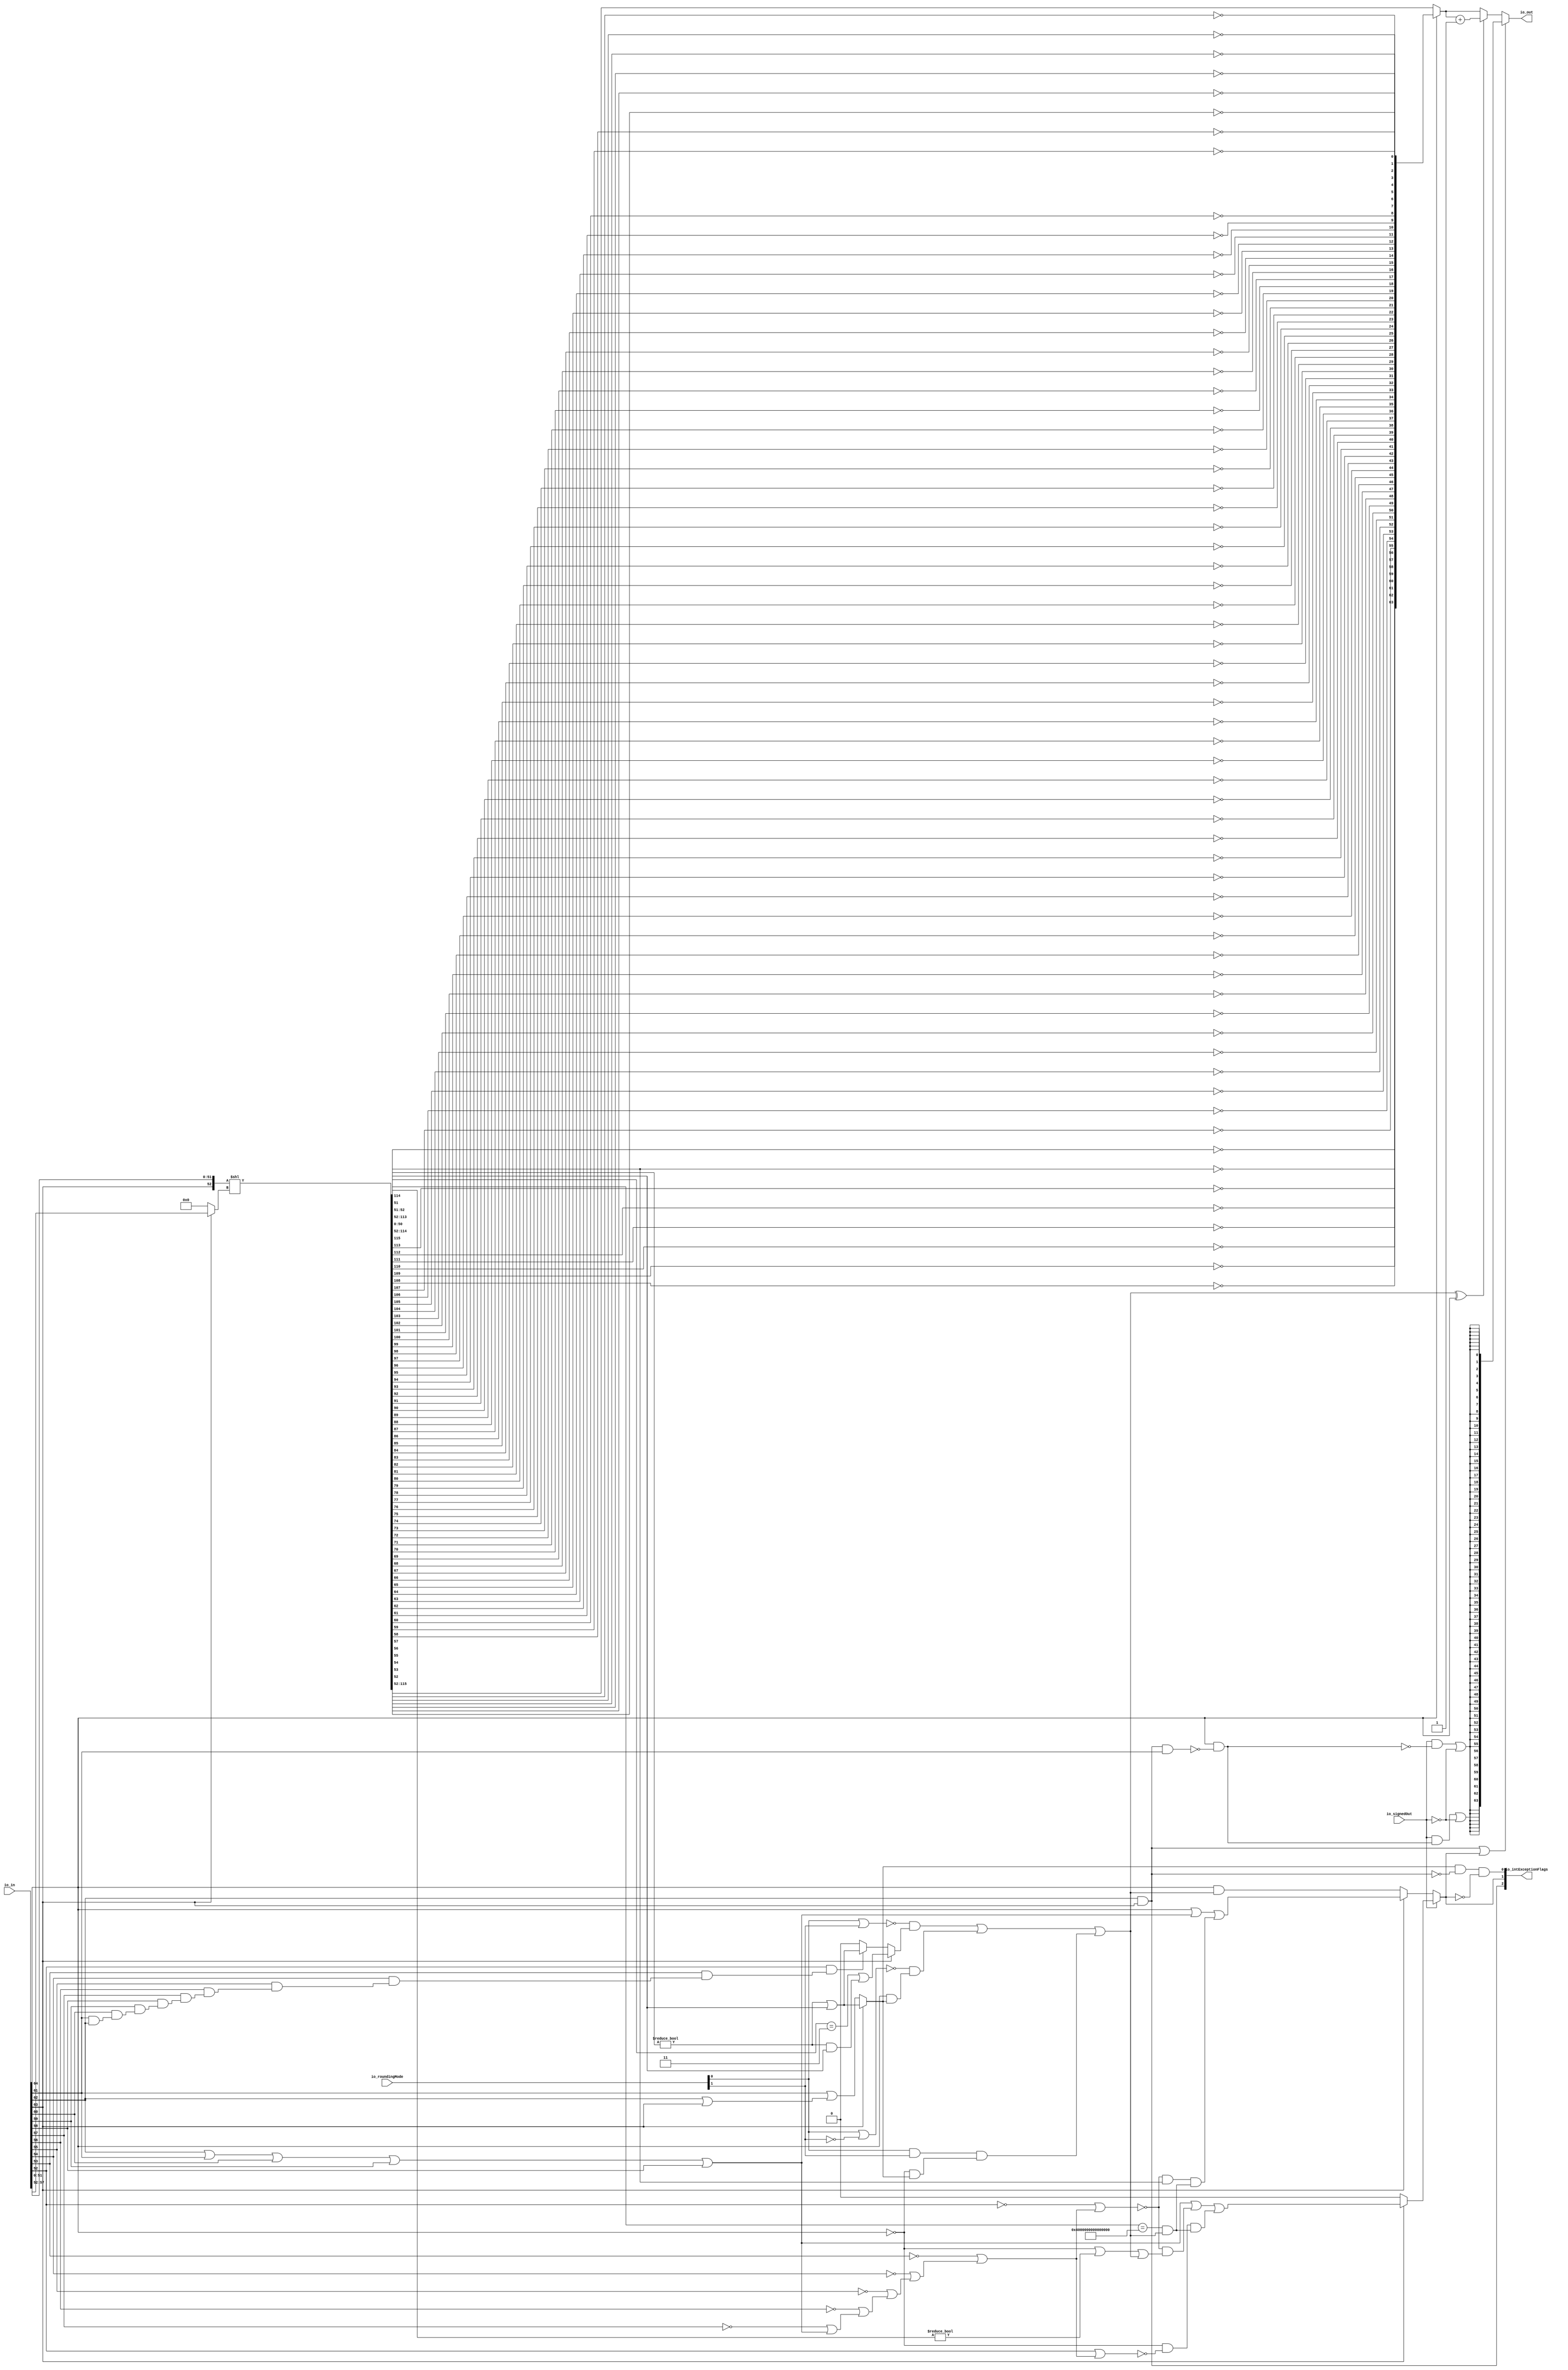
module RecFNToIN_0
(
  io_in,
  io_roundingMode,
  io_signedOut,
  io_out,
  io_intExceptionFlags
);

  input [64:0] io_in;
  input [1:0] io_roundingMode;
  output [63:0] io_out;
  output [2:0] io_intExceptionFlags;
  input io_signedOut;
  wire [63:0] io_out,excValue,roundedInt,T62,onesCompUnroundedInt,T61,T66;
  wire [2:0] io_intExceptionFlags;
  wire N0,N1,N2,N3,N4,N5,N6,N7,N8,N9,N10,N11,T3,T2,roundInexact,T4,T5,N12,
  overflow_signed,overflow_unsigned,T36,T15,roundIncr,T20,T16,T17,T18,T24,T21,T22,
  roundIncr_nearestEven,T30,T25,N13,T33,T43,T37,T40,roundCarryBut2,T38,T44,N14,T45,T50,T46,T47,
  T49,T58,T51,T52,T53,T56,T54,T74,N15,T63,N16,N17,T65,T68,T69,excSign,T70,isNaN,
  T73,N18,N19,N20,N21,N22,N23,N24,N25,N26,N27,N28,N29,N30,N31,N32,N33,N34,N35,N36,
  N38,N39,N40,N41,N42,N43,N44,N45,N46,N47,N48,N49,N50,N51,N52,N53,N54,N55,N56,N57,
  N58,N59,N60,N61,N62,N63,N64,N65;
  wire [0:0] T8;
  wire [50:0] T10;
  wire [115:51] shiftedSig;
  wire [5:0] T11;
  wire [63:63] T64,T72;
  wire [62:62] T75;
  assign T8[0] = T10 != 1'b0;
  assign { shiftedSig, T10 } = { 1'b0, 1'b0, 1'b0, 1'b0, 1'b0, 1'b0, 1'b0, 1'b0, 1'b0, 1'b0, 1'b0, 1'b0, 1'b0, 1'b0, 1'b0, 1'b0, 1'b0, 1'b0, 1'b0, 1'b0, 1'b0, 1'b0, 1'b0, 1'b0, 1'b0, 1'b0, 1'b0, 1'b0, 1'b0, 1'b0, 1'b0, 1'b0, 1'b0, 1'b0, 1'b0, 1'b0, 1'b0, 1'b0, 1'b0, 1'b0, 1'b0, 1'b0, 1'b0, 1'b0, 1'b0, 1'b0, 1'b0, 1'b0, 1'b0, 1'b0, 1'b0, 1'b0, 1'b0, 1'b0, 1'b0, 1'b0, 1'b0, 1'b0, 1'b0, 1'b0, 1'b0, 1'b0, 1'b0, io_in[63:63], io_in[51:0] } << T11;
  assign T33 = shiftedSig[52:51] == { 1'b1, 1'b1 };
  assign T38 = shiftedSig[113:52] == { 1'b1, 1'b1, 1'b1, 1'b1, 1'b1, 1'b1, 1'b1, 1'b1, 1'b1, 1'b1, 1'b1, 1'b1, 1'b1, 1'b1, 1'b1, 1'b1, 1'b1, 1'b1, 1'b1, 1'b1, 1'b1, 1'b1, 1'b1, 1'b1, 1'b1, 1'b1, 1'b1, 1'b1, 1'b1, 1'b1, 1'b1, 1'b1, 1'b1, 1'b1, 1'b1, 1'b1, 1'b1, 1'b1, 1'b1, 1'b1, 1'b1, 1'b1, 1'b1, 1'b1, 1'b1, 1'b1, 1'b1, 1'b1, 1'b1, 1'b1, 1'b1, 1'b1, 1'b1, 1'b1, 1'b1, 1'b1, 1'b1, 1'b1, 1'b1, 1'b1, 1'b1, 1'b1 };
  assign T54 = shiftedSig[114:52] != 1'b0;
  assign N18 = ~io_in[57];
  assign N19 = ~io_in[56];
  assign N20 = ~io_in[55];
  assign N21 = ~io_in[54];
  assign N22 = ~io_in[53];
  assign N23 = ~io_in[52];
  assign N24 = io_in[61] | io_in[62];
  assign N25 = io_in[60] | N24;
  assign N26 = io_in[59] | N25;
  assign N27 = io_in[58] | N26;
  assign N28 = N18 | N27;
  assign N29 = N19 | N28;
  assign N30 = N20 | N29;
  assign N31 = N21 | N30;
  assign N32 = N22 | N31;
  assign N33 = N23 | N32;
  assign N34 = ~N33;
  assign N35 = io_in[52] | N32;
  assign N36 = ~N35;
  assign io_intExceptionFlags[2] = io_in[62] & io_in[63];
  assign N38 = io_roundingMode[0] & io_roundingMode[1];
  assign N39 = io_roundingMode[0] | io_roundingMode[1];
  assign N40 = ~N39;
  assign N41 = ~io_roundingMode[1];
  assign N42 = io_roundingMode[0] | N41;
  assign N43 = ~N42;
  assign N44 = T8[0] & shiftedSig[51];
  assign N45 = T8[0] | shiftedSig[51];
  assign N46 = T8[0] | shiftedSig[51];
  assign N47 = io_in[62] | io_in[63];
  assign N48 = io_in[61] | N47;
  assign N49 = ~N48;
  assign N50 = io_in[61] & io_in[62];
  assign N51 = io_in[60] & N50;
  assign N52 = io_in[59] & N51;
  assign N53 = io_in[58] & N52;
  assign N54 = io_in[57] & N53;
  assign N55 = io_in[56] & N54;
  assign N56 = io_in[55] & N55;
  assign N57 = io_in[54] & N56;
  assign N58 = io_in[53] & N57;
  assign N59 = io_in[52] & N58;
  assign T62 = onesCompUnroundedInt + 1'b1;
  assign roundInexact = (N0)? N46 : 
                        (N1)? T5 : 1'b0;
  assign N0 = io_in[63];
  assign N1 = N14;
  assign T11 = (N0)? io_in[57:52] : 
               (N1)? { 1'b0, 1'b0, 1'b0, 1'b0, 1'b0, 1'b0 } : 1'b0;
  assign io_intExceptionFlags[1] = (N2)? overflow_signed : 
                                   (N3)? overflow_unsigned : 1'b0;
  assign N2 = io_signedOut;
  assign N3 = N12;
  assign overflow_unsigned = (N0)? T36 : 
                             (N1)? T15 : 1'b0;
  assign roundIncr_nearestEven = (N0)? T30 : 
                                 (N1)? T25 : 1'b0;
  assign T25 = (N4)? N45 : 
               (N5)? 1'b0 : 1'b0;
  assign N4 = N59;
  assign N5 = N13;
  assign overflow_signed = (N0)? T45 : 
                           (N1)? 1'b0 : 1'b0;
  assign io_out = (N6)? excValue : 
                  (N7)? roundedInt : 1'b0;
  assign N6 = T74;
  assign N7 = N15;
  assign roundedInt = (N8)? T62 : 
                      (N9)? onesCompUnroundedInt : 1'b0;
  assign N8 = T63;
  assign N9 = N16;
  assign onesCompUnroundedInt = (N10)? T61 : 
                                (N11)? shiftedSig[115:52] : 1'b0;
  assign N10 = io_in[64];
  assign N11 = N17;
  assign io_intExceptionFlags[0] = T3 & T2;
  assign T2 = ~io_intExceptionFlags[1];
  assign T3 = roundInexact & T4;
  assign T4 = ~io_intExceptionFlags[2];
  assign T5 = ~N49;
  assign N12 = ~io_signedOut;
  assign T15 = io_in[64] & roundIncr;
  assign roundIncr = T20 | T16;
  assign T16 = N38 & T17;
  assign T17 = T18 & roundInexact;
  assign T18 = ~io_in[64];
  assign T20 = T24 | T21;
  assign T21 = N43 & T22;
  assign T22 = io_in[64] & roundInexact;
  assign T24 = N40 & roundIncr_nearestEven;
  assign N13 = ~N59;
  assign T30 = T33 | N44;
  assign T36 = T43 | T37;
  assign T37 = T40 & roundCarryBut2;
  assign roundCarryBut2 = T38 & roundIncr;
  assign T40 = N34 & shiftedSig[114];
  assign T43 = io_in[64] | T44;
  assign T44 = N62 | io_in[58];
  assign N62 = N61 | io_in[59];
  assign N61 = N60 | io_in[60];
  assign N60 = io_in[62] | io_in[61];
  assign N14 = ~io_in[63];
  assign T45 = T50 | T46;
  assign T46 = T47 & roundCarryBut2;
  assign T47 = T49 & N36;
  assign T49 = ~io_in[64];
  assign T50 = T58 | T51;
  assign T51 = N34 & T52;
  assign T52 = T53 | roundIncr;
  assign T53 = T56 | T54;
  assign T56 = ~io_in[64];
  assign T58 = N65 | io_in[58];
  assign N65 = N64 | io_in[59];
  assign N64 = N63 | io_in[60];
  assign N63 = io_in[62] | io_in[61];
  assign N15 = ~T74;
  assign N16 = ~T63;
  assign N17 = ~io_in[64];
  assign T61[63] = ~shiftedSig[115];
  assign T61[62] = ~shiftedSig[114];
  assign T61[61] = ~shiftedSig[113];
  assign T61[60] = ~shiftedSig[112];
  assign T61[59] = ~shiftedSig[111];
  assign T61[58] = ~shiftedSig[110];
  assign T61[57] = ~shiftedSig[109];
  assign T61[56] = ~shiftedSig[108];
  assign T61[55] = ~shiftedSig[107];
  assign T61[54] = ~shiftedSig[106];
  assign T61[53] = ~shiftedSig[105];
  assign T61[52] = ~shiftedSig[104];
  assign T61[51] = ~shiftedSig[103];
  assign T61[50] = ~shiftedSig[102];
  assign T61[49] = ~shiftedSig[101];
  assign T61[48] = ~shiftedSig[100];
  assign T61[47] = ~shiftedSig[99];
  assign T61[46] = ~shiftedSig[98];
  assign T61[45] = ~shiftedSig[97];
  assign T61[44] = ~shiftedSig[96];
  assign T61[43] = ~shiftedSig[95];
  assign T61[42] = ~shiftedSig[94];
  assign T61[41] = ~shiftedSig[93];
  assign T61[40] = ~shiftedSig[92];
  assign T61[39] = ~shiftedSig[91];
  assign T61[38] = ~shiftedSig[90];
  assign T61[37] = ~shiftedSig[89];
  assign T61[36] = ~shiftedSig[88];
  assign T61[35] = ~shiftedSig[87];
  assign T61[34] = ~shiftedSig[86];
  assign T61[33] = ~shiftedSig[85];
  assign T61[32] = ~shiftedSig[84];
  assign T61[31] = ~shiftedSig[83];
  assign T61[30] = ~shiftedSig[82];
  assign T61[29] = ~shiftedSig[81];
  assign T61[28] = ~shiftedSig[80];
  assign T61[27] = ~shiftedSig[79];
  assign T61[26] = ~shiftedSig[78];
  assign T61[25] = ~shiftedSig[77];
  assign T61[24] = ~shiftedSig[76];
  assign T61[23] = ~shiftedSig[75];
  assign T61[22] = ~shiftedSig[74];
  assign T61[21] = ~shiftedSig[73];
  assign T61[20] = ~shiftedSig[72];
  assign T61[19] = ~shiftedSig[71];
  assign T61[18] = ~shiftedSig[70];
  assign T61[17] = ~shiftedSig[69];
  assign T61[16] = ~shiftedSig[68];
  assign T61[15] = ~shiftedSig[67];
  assign T61[14] = ~shiftedSig[66];
  assign T61[13] = ~shiftedSig[65];
  assign T61[12] = ~shiftedSig[64];
  assign T61[11] = ~shiftedSig[63];
  assign T61[10] = ~shiftedSig[62];
  assign T61[9] = ~shiftedSig[61];
  assign T61[8] = ~shiftedSig[60];
  assign T61[7] = ~shiftedSig[59];
  assign T61[6] = ~shiftedSig[58];
  assign T61[5] = ~shiftedSig[57];
  assign T61[4] = ~shiftedSig[56];
  assign T61[3] = ~shiftedSig[55];
  assign T61[2] = ~shiftedSig[54];
  assign T61[1] = ~shiftedSig[53];
  assign T61[0] = ~shiftedSig[52];
  assign T63 = roundIncr ^ io_in[64];
  assign excValue[63] = T66[63] | T64[63];
  assign excValue[62] = T66[62] | T64[63];
  assign excValue[61] = T66[61] | T64[63];
  assign excValue[60] = T66[60] | T64[63];
  assign excValue[59] = T66[59] | T64[63];
  assign excValue[58] = T66[58] | T64[63];
  assign excValue[57] = T66[57] | T64[63];
  assign excValue[56] = T66[56] | T64[63];
  assign excValue[55] = T66[55] | T64[63];
  assign excValue[54] = T66[54] | T64[63];
  assign excValue[53] = T66[53] | T64[63];
  assign excValue[52] = T66[52] | T64[63];
  assign excValue[51] = T66[51] | T64[63];
  assign excValue[50] = T66[50] | T64[63];
  assign excValue[49] = T66[49] | T64[63];
  assign excValue[48] = T66[48] | T64[63];
  assign excValue[47] = T66[47] | T64[63];
  assign excValue[46] = T66[46] | T64[63];
  assign excValue[45] = T66[45] | T64[63];
  assign excValue[44] = T66[44] | T64[63];
  assign excValue[43] = T66[43] | T64[63];
  assign excValue[42] = T66[42] | T64[63];
  assign excValue[41] = T66[41] | T64[63];
  assign excValue[40] = T66[40] | T64[63];
  assign excValue[39] = T66[39] | T64[63];
  assign excValue[38] = T66[38] | T64[63];
  assign excValue[37] = T66[37] | T64[63];
  assign excValue[36] = T66[36] | T64[63];
  assign excValue[35] = T66[35] | T64[63];
  assign excValue[34] = T66[34] | T64[63];
  assign excValue[33] = T66[33] | T64[63];
  assign excValue[32] = T66[32] | T64[63];
  assign excValue[31] = T66[31] | T64[63];
  assign excValue[30] = T66[30] | T64[63];
  assign excValue[29] = T66[29] | T64[63];
  assign excValue[28] = T66[28] | T64[63];
  assign excValue[27] = T66[27] | T64[63];
  assign excValue[26] = T66[26] | T64[63];
  assign excValue[25] = T66[25] | T64[63];
  assign excValue[24] = T66[24] | T64[63];
  assign excValue[23] = T66[23] | T64[63];
  assign excValue[22] = T66[22] | T64[63];
  assign excValue[21] = T66[21] | T64[63];
  assign excValue[20] = T66[20] | T64[63];
  assign excValue[19] = T66[19] | T64[63];
  assign excValue[18] = T66[18] | T64[63];
  assign excValue[17] = T66[17] | T64[63];
  assign excValue[16] = T66[16] | T64[63];
  assign excValue[15] = T66[15] | T64[63];
  assign excValue[14] = T66[14] | T64[63];
  assign excValue[13] = T66[13] | T64[63];
  assign excValue[12] = T66[12] | T64[63];
  assign excValue[11] = T66[11] | T64[63];
  assign excValue[10] = T66[10] | T64[63];
  assign excValue[9] = T66[9] | T64[63];
  assign excValue[8] = T66[8] | T64[63];
  assign excValue[7] = T66[7] | T64[63];
  assign excValue[6] = T66[6] | T64[63];
  assign excValue[5] = T66[5] | T64[63];
  assign excValue[4] = T66[4] | T64[63];
  assign excValue[3] = T66[3] | T64[63];
  assign excValue[2] = T66[2] | T64[63];
  assign excValue[1] = T66[1] | T64[63];
  assign excValue[0] = T66[0] | T64[63];
  assign T64[63] = T65;
  assign T65 = ~io_signedOut;
  assign T66[63] = T72[63] | 1'b0;
  assign T66[62] = 1'b0 | T75[62];
  assign T66[61] = 1'b0 | T75[62];
  assign T66[60] = 1'b0 | T75[62];
  assign T66[59] = 1'b0 | T75[62];
  assign T66[58] = 1'b0 | T75[62];
  assign T66[57] = 1'b0 | T75[62];
  assign T66[56] = 1'b0 | T75[62];
  assign T66[55] = 1'b0 | T75[62];
  assign T66[54] = 1'b0 | T75[62];
  assign T66[53] = 1'b0 | T75[62];
  assign T66[52] = 1'b0 | T75[62];
  assign T66[51] = 1'b0 | T75[62];
  assign T66[50] = 1'b0 | T75[62];
  assign T66[49] = 1'b0 | T75[62];
  assign T66[48] = 1'b0 | T75[62];
  assign T66[47] = 1'b0 | T75[62];
  assign T66[46] = 1'b0 | T75[62];
  assign T66[45] = 1'b0 | T75[62];
  assign T66[44] = 1'b0 | T75[62];
  assign T66[43] = 1'b0 | T75[62];
  assign T66[42] = 1'b0 | T75[62];
  assign T66[41] = 1'b0 | T75[62];
  assign T66[40] = 1'b0 | T75[62];
  assign T66[39] = 1'b0 | T75[62];
  assign T66[38] = 1'b0 | T75[62];
  assign T66[37] = 1'b0 | T75[62];
  assign T66[36] = 1'b0 | T75[62];
  assign T66[35] = 1'b0 | T75[62];
  assign T66[34] = 1'b0 | T75[62];
  assign T66[33] = 1'b0 | T75[62];
  assign T66[32] = 1'b0 | T75[62];
  assign T66[31] = 1'b0 | T75[62];
  assign T66[30] = 1'b0 | T75[62];
  assign T66[29] = 1'b0 | T75[62];
  assign T66[28] = 1'b0 | T75[62];
  assign T66[27] = 1'b0 | T75[62];
  assign T66[26] = 1'b0 | T75[62];
  assign T66[25] = 1'b0 | T75[62];
  assign T66[24] = 1'b0 | T75[62];
  assign T66[23] = 1'b0 | T75[62];
  assign T66[22] = 1'b0 | T75[62];
  assign T66[21] = 1'b0 | T75[62];
  assign T66[20] = 1'b0 | T75[62];
  assign T66[19] = 1'b0 | T75[62];
  assign T66[18] = 1'b0 | T75[62];
  assign T66[17] = 1'b0 | T75[62];
  assign T66[16] = 1'b0 | T75[62];
  assign T66[15] = 1'b0 | T75[62];
  assign T66[14] = 1'b0 | T75[62];
  assign T66[13] = 1'b0 | T75[62];
  assign T66[12] = 1'b0 | T75[62];
  assign T66[11] = 1'b0 | T75[62];
  assign T66[10] = 1'b0 | T75[62];
  assign T66[9] = 1'b0 | T75[62];
  assign T66[8] = 1'b0 | T75[62];
  assign T66[7] = 1'b0 | T75[62];
  assign T66[6] = 1'b0 | T75[62];
  assign T66[5] = 1'b0 | T75[62];
  assign T66[4] = 1'b0 | T75[62];
  assign T66[3] = 1'b0 | T75[62];
  assign T66[2] = 1'b0 | T75[62];
  assign T66[1] = 1'b0 | T75[62];
  assign T66[0] = 1'b0 | T75[62];
  assign T75[62] = T68;
  assign T68 = io_signedOut & T69;
  assign T69 = ~excSign;
  assign excSign = io_in[64] & T70;
  assign T70 = ~isNaN;
  assign isNaN = io_intExceptionFlags[2] & io_in[61];
  assign T72[63] = T73;
  assign T73 = io_signedOut & excSign;
  assign T74 = io_intExceptionFlags[2] | io_intExceptionFlags[1];

endmodule